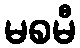
မစမီ